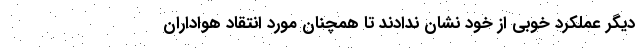
دیگر عملکرد خوبی از خود نشان ندادند تا همچنان مورد انتقاد هواداران